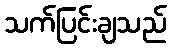
သက်ပြင်းချသည်